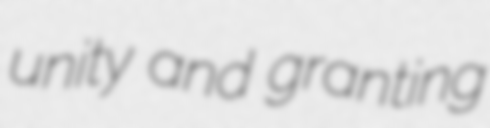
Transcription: unity and granting